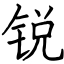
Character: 锐